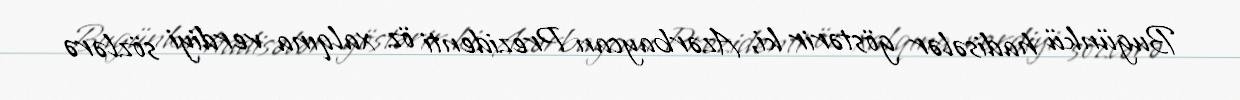
Bugünkü hadisələr göstərir ki, Azərbaycan Prezidenti öz xalqına verdiyi sözlərə